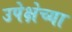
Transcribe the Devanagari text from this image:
उपेक्षेच्या